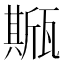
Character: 𤮓